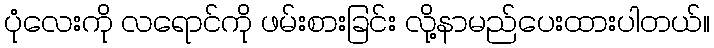
ပုံလေးကို လရောင်ကို ဖမ်းစားခြင်း လို့နာမည်ပေးထားပါတယ်။